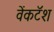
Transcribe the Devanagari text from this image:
वेंकटॅश